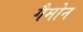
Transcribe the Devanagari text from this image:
गैमोन